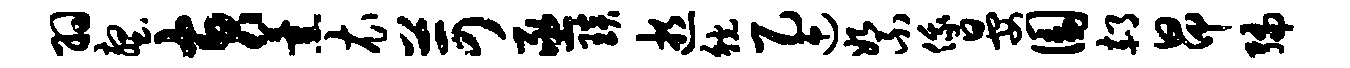
羽壑黄薰衣苛亟琰逝觥乙迎絮俄晏圜郝昂编